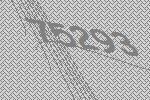
75293